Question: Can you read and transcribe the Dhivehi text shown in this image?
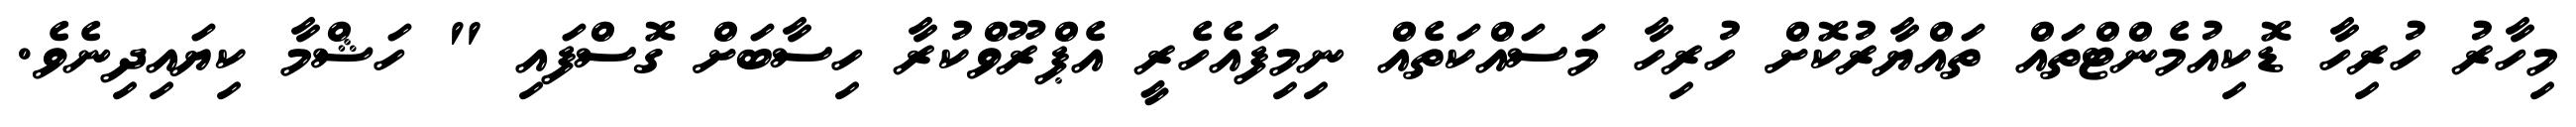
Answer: މިހާރު ހުރިހާ ޑޮކިއުމެންޓްތައް ތައްޔާރުކޮށް ހުރިހާ މަސައްކަތެއް ނިމިފައެހެރީ އެޕްރޫވްކުރާ ހިސާބަށް ގޮސްފައި " ހަޝްމާ ކިޔައިދިނެވެ.